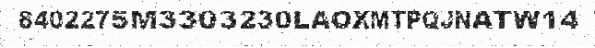
8402275M3303230LAOXMTPQJNATW14